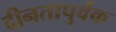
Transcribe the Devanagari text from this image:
दीनतापुर्वक